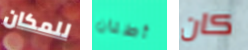
للمكان أطنان كان